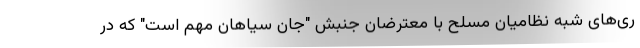
ری‌های شبه نظامیان مسلح با معترضان جنبش "جان سیاهان مهم است" که در